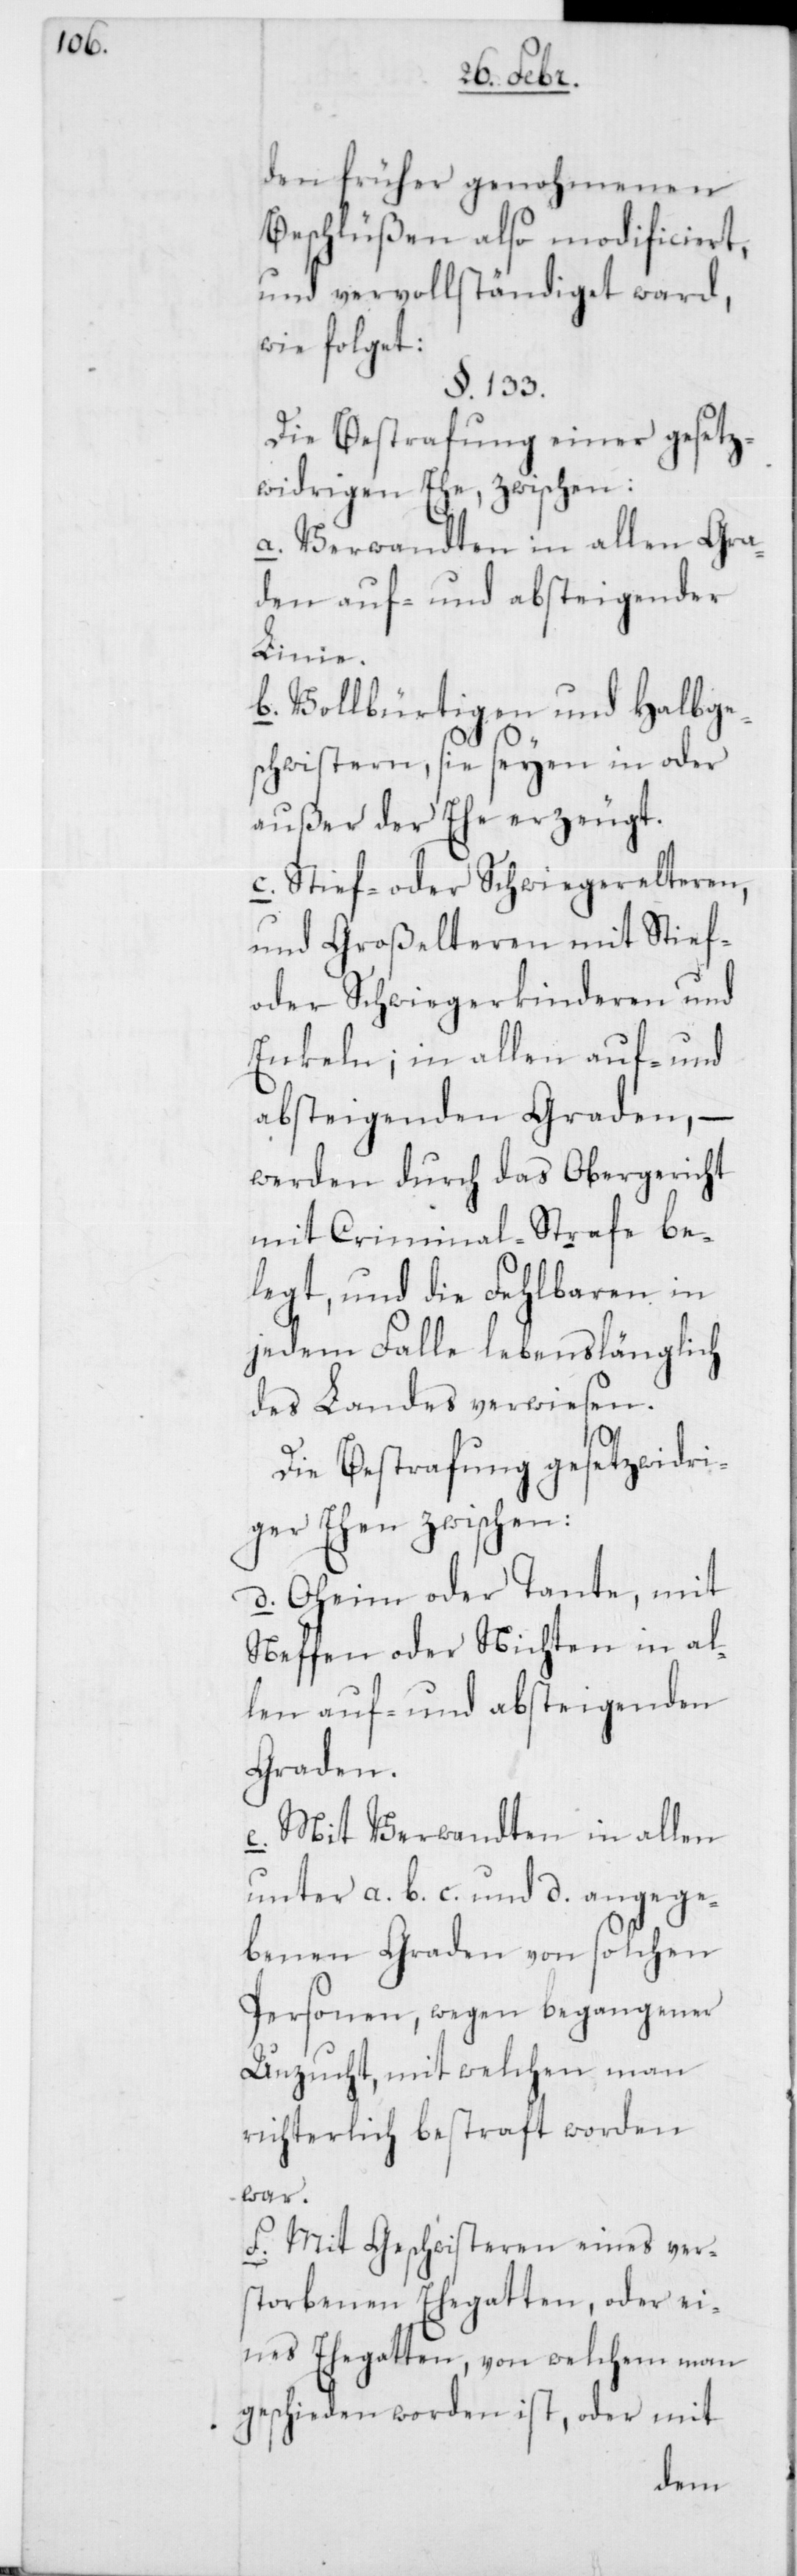
den früher genohmenen
Beschlüßen also modificiert
und vervollständiget ward,
wie folget:
§. 133.
Die Bestrafung einer gesetz¬
widrigen Ehe, zwischen:
a. Verwandten in allen Gra¬
den auf- und absteigender
Linie.
b. Vollbürtigen und Halbge¬
schwistern, sie seyen in oder
außer der Ehe erzeugt.
c. Stief- oder Schwiegerelteren
und Großelteren mit Stief-
oder Schwiegerkinderen und
Enkeln; in allen auf- und
absteigenden Graden, –
werden durch das Obergericht
mit Criminal-Strafe be¬
legt, und die Fehlbaren in
jedem Falle lebenslänglich
des Landes verwiesen.
Die Bestrafung gesetzwidri¬
ger Ehen zwischen:
d. Oheim oder Tante, mit
Neffen oder Nichten in al¬
len auf- und absteigenden
Graden.
e. Mit Verwandten in allen
unter a. b. c. und d. angege¬
benen Graden von solchen
Personen, wegen begangener
Unzucht, mit welchen man
richterlich bestraft worden
war.
f. Mit Geschwisteren eines ver¬
storbenen Ehegatten, oder ei¬
nes Ehegatten, von welchem man
geschieden worden ist, oder mit